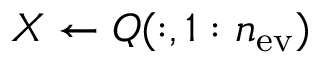
X \leftarrow Q ( : , 1 : n _ { \mathrm { e v } } )